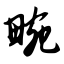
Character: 畹